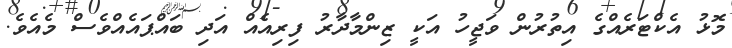
މޮޅު އެކްޓަރެއްގެ އިތުރުން ވަޖީހު އަކީ ޒިންމާދާރު ފިރިއެއް އަދި ބައްޕައެއްވެސް މެއެވެ.